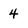
Character: 4